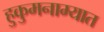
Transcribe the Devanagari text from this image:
हुकुमनाम्यात